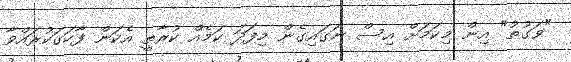
"ވަގުތު" އިން މިކަމަށް އިސް ނަގައިގެން މިފަދަ ކަމެއް ކުރާތީ އެކަން ފާހަގަކުރައްވާ